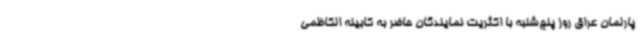
پارلمان عراق روز پنج‌شنبه با اکثریت نمایندگان حاضر به کابینه الکاظمی